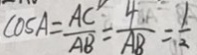
\cos A = \frac { A C } { A B } = \frac { 4 } { A B } = \frac { 1 } { 2 }